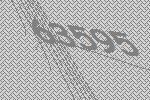
63595